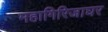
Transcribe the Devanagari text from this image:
महागिरिजाघर